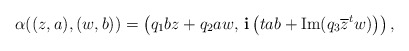
\begin{align*}\alpha((z,a),(w,b))=\left( q_{1}bz+q_{2}aw,\, \mathbf{i} \left(tab+\mathrm{Im}(q_{3}\overline{z}^tw)\right)\right),\end{align*}